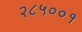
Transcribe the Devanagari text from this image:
२८५००१